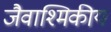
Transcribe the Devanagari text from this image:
जैवाश्मिकीय